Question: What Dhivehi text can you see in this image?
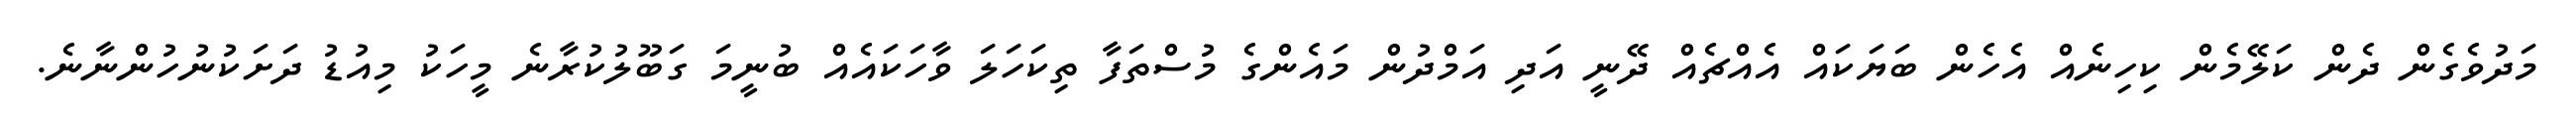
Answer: މަދުވެގެން ދެން ކަލޭމެން ކިހިނެއް އެހެން ބަޔަކައް އެއްޗެއް ދޭނީ އަދި އަމްދުން މައެންގެ މުސްތަފާ ތިކަހަލަ ވާހަކައެއް ބުނީމަ ގަބޫލުކުރާނެ މީހަކު މިއުޑު ދަށަކުނުހުންނާނެ.